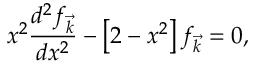
x ^ { 2 } \frac { d ^ { 2 } f _ { \vec { k } } } { d x ^ { 2 } } - \left[ 2 - x ^ { 2 } \right] f _ { \vec { k } } = 0 ,